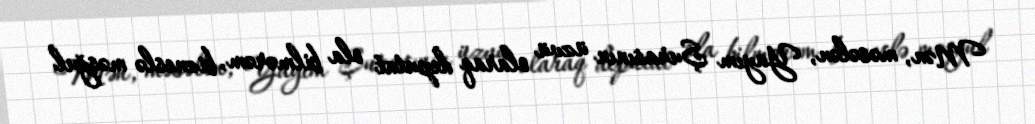
Mən, məsələn, Yayım Şurasının üzvü olaraq deputat ola bilmərəm, bizneslə məşğul